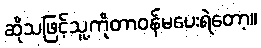
ဆိုသဖြင့်သူ့ကိုတာဝန်မပေးရဲတော့။